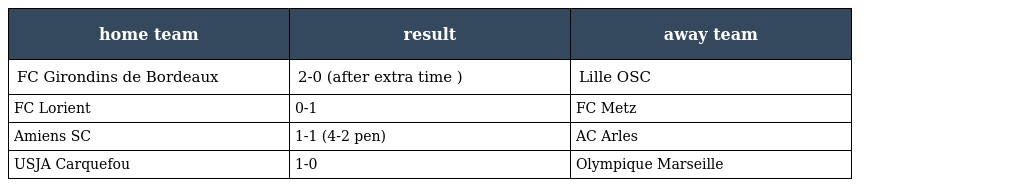
| home team | result | away team |
 | --- | --- | --- |
 | FC Girondins de Bordeaux | 2-0 (after extra time ) | Lille OSC |
 | FC Lorient | 0-1 | FC Metz |
 | Amiens SC | 1-1 (4-2 pen) | AC Arles |
 | USJA Carquefou | 1-0 | Olympique Marseille |